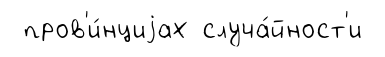
пров'и́нциjах случа́йност'и